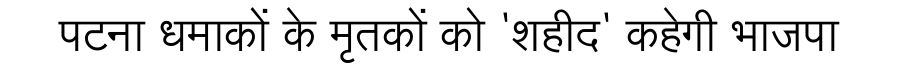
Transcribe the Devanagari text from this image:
पटना धमाकों के मृतकों को 'शहीद' कहेगी भाजपा